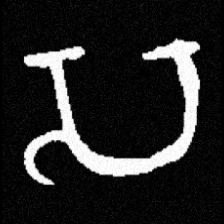
Pyu character \u2014 Myanmar letter: သ (romanized: sa)